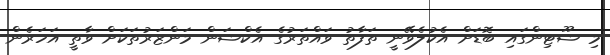
މި ޝޫޓިންގައި ބޮޑަށް އެކުލެވޭނީ ތަފާތު ވައްތަރުގެ އެކްޝަން މަންޒަރުތަކަށް ވާތީ އަހަރެން